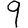
Digit: 9